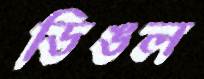
ডিঙল